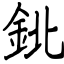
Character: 鉳